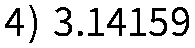
4) 3.14159